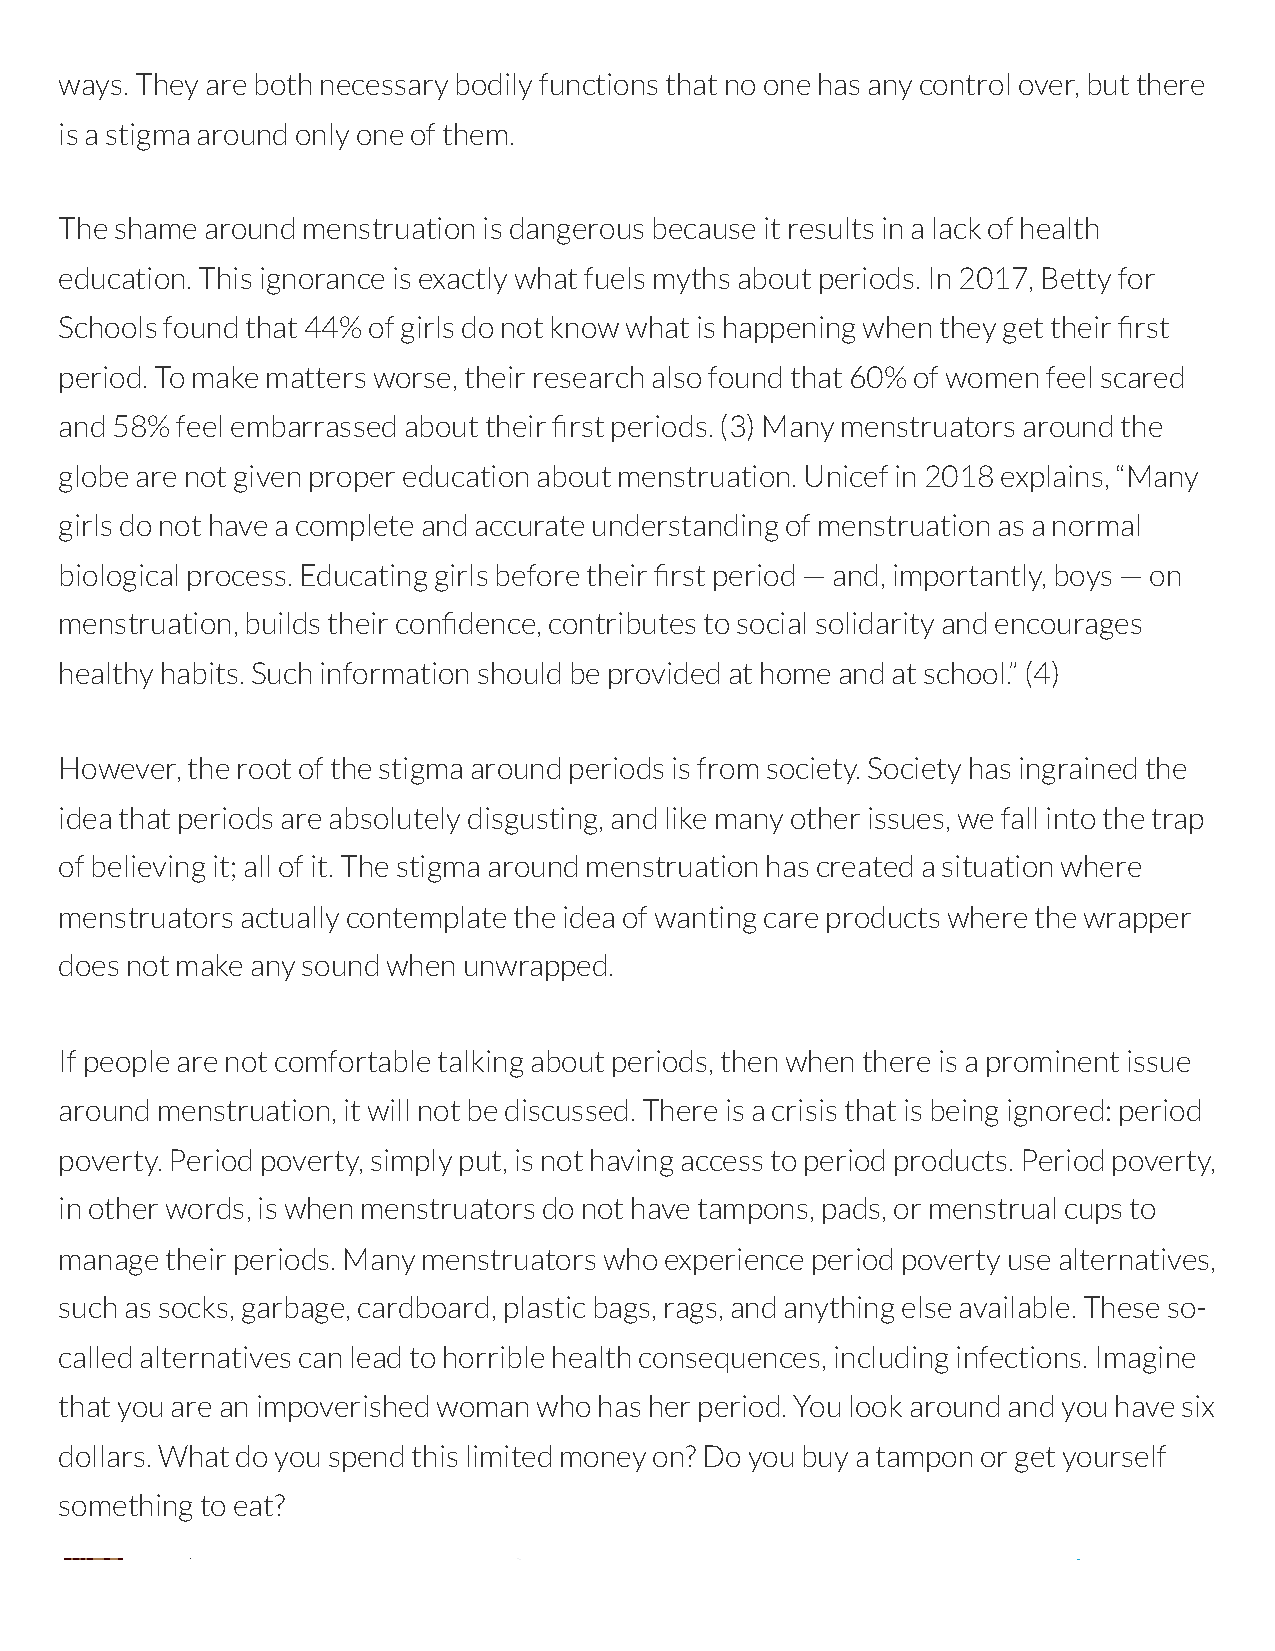
ways. They are both necessary bodily functions that no one has any control over, but there
 is a stigma around only one of them.
 The shame around menstruation is dangerous because it results in a lack of health
 education. This ignorance is exactly what fuels myths about periods. In 2017, Betty for
 Schools found that 44% of girls do not know what is happening when they get their rst
 period. To make matters worse, their research also found that 60% of women feel scared
 and 58% feel embarrassed about their rst periods. (3) Many menstruators around the
 globe are not given proper education about menstruation. Unicef in 2018 explains, “Many
 girls do not have a complete and accurate understanding of menstruation as a normal
 biological process. Educating girls before their rst period — and, importantly, boys — on
 menstruation, builds their condence, contributes to social solidarity and encourages
 healthy habits. Such information should be provided at home and at school.” (4)
 However, the root of the stigma around periods is from society. Society has ingrained the
 idea that periods are absolutely disgusting, and like many other issues, we fall into the trap
 of believing it; all of it. The stigma around menstruation has created a situation where
 menstruators actually contemplate the idea of wanting care products where the wrapper
 does not make any sound when unwrapped.
 If people are not comfortable talking about periods, then when there is a prominent issue
 around menstruation, it will not be discussed. There is a crisis that is being ignored: period
 poverty. Period poverty, simply put, is not having access to period products. Period poverty,
 in other words, is when menstruators do not have tampons, pads, or menstrual cups to
 manage their periods. Many menstruators who experience period poverty use alternatives,
 such as socks, garbage, cardboard, plastic bags, rags, and anything else available. These so-
 called alternatives can lead to horrible health consequences, including infections. Imagine
 that you are an impoverished woman who has her period. You look around and you have six
 dollars. What do you spend this limited money on? Do you buy a tampon or get yourself
 something to eat?